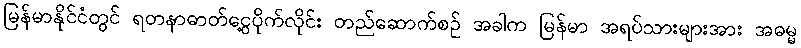
မြန်မာနိုင်ငံတွင် ရတနာဓာတ်ငွေ့ပိုက်လိုင်း တည်ဆောက်စဉ် အခါက မြန်မာ အရပ်သားများအား အဓမ္မ